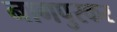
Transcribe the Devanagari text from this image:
नागपुरकर